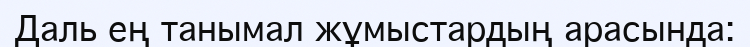
Даль ең танымал жұмыстардың арасында: